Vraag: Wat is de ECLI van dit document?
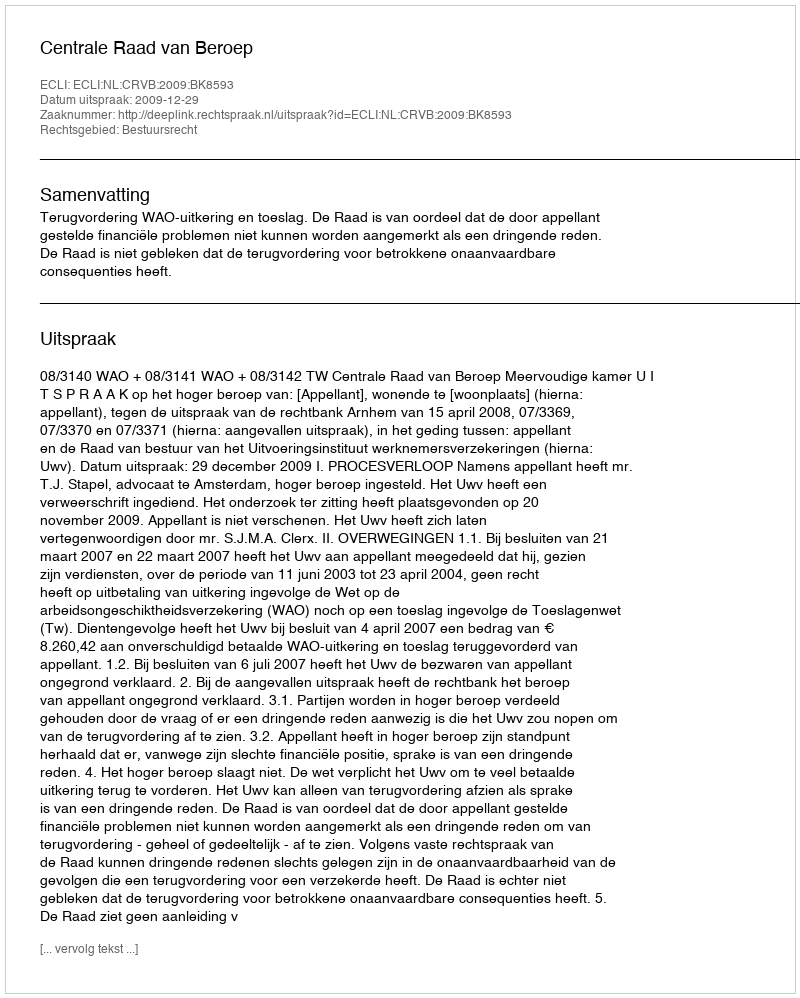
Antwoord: ECLI:NL:CRVB:2009:BK8593